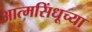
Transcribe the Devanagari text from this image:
आत्मसिंधूच्या